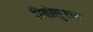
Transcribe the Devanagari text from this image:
रिवोलुशन